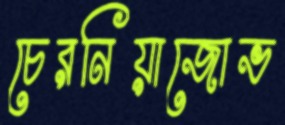
চেরনিয়াজোভ